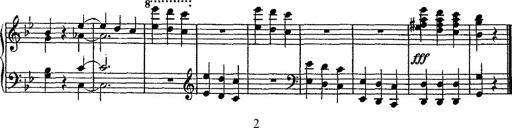
Title: Scherzo
Composer: Rogelio Villar
Key: D minor